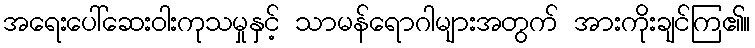
အရေးပေါ်ဆေးဝါးကုသမှုနှင့် သာမန်ရောဂါများအတွက် အားကိုးချင်ကြ၏။